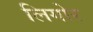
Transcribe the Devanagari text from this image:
लिगोर